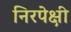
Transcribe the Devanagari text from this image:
निरपेक्षी